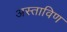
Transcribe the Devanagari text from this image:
अस्ताविण